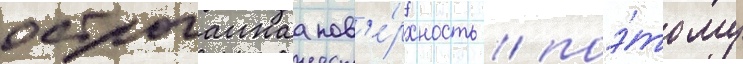
остроганнаа пов'е́рхность / поэ́тому